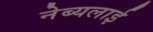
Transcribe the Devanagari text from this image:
नेब्यलाई